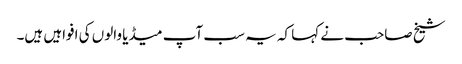
شیخ صاحب نے کہا کہ یہ سب آپ میڈیا والوں کی افواہیں ہیں۔